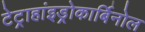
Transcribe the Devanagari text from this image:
टेट्राहांइड्रोकार्बिनोल